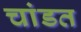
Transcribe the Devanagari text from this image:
चांडत